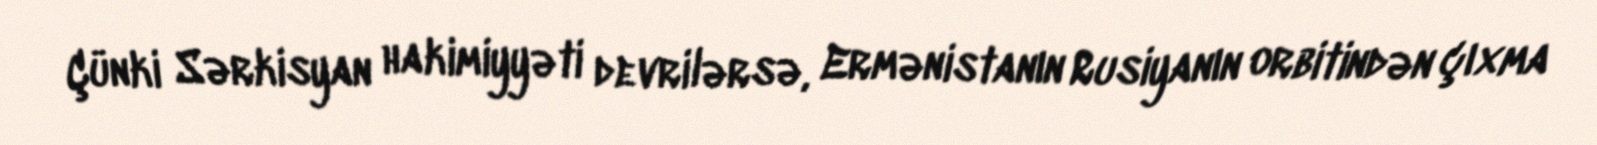
Çünki Sərkisyan hakimiyyəti devrilərsə, Ermənistanın Rusiyanın orbitindən çıxma